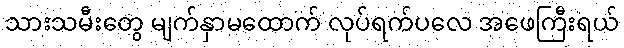
သားသမီးတွေ မျက်နှာမထောက် လုပ်ရက်ပလေ အဖေကြီးရယ်